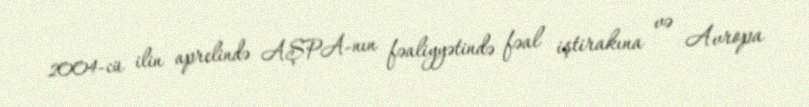
2004-cü ilin aprelində AŞPA-nın fəaliyyətində fəal iştirakına və Avropa